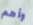
وأهم